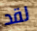
لقد